Civil Veterinary Dept. Bombay admin report 1893-99 - 1893-1899
Year: 1893
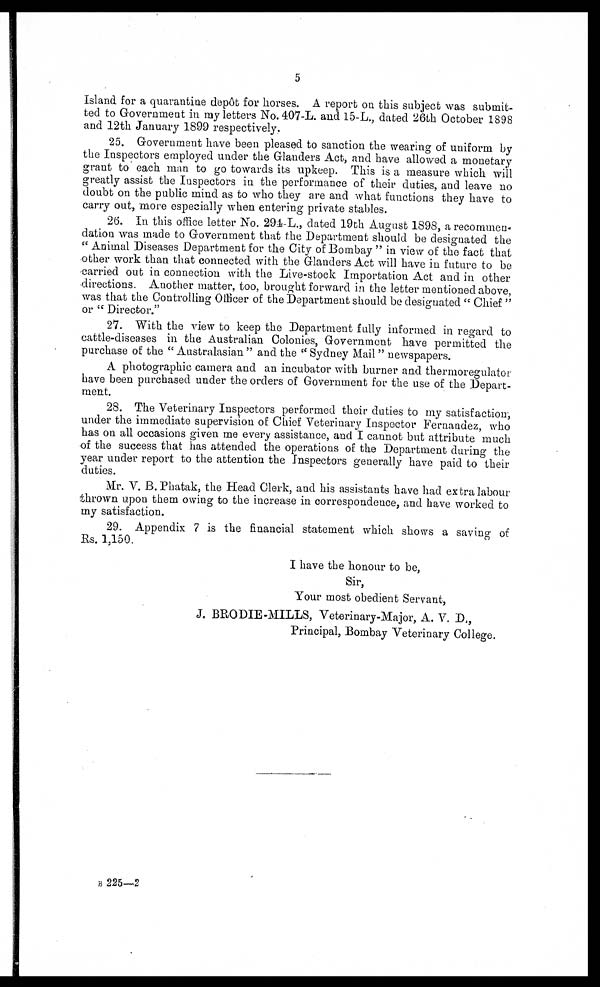
5
Island for a quarantine depôt for horses. A report on this subject was submit-
ted to Government in my letters No.407-L. and 15-L., dated 26th October 1898
and 12th January 1899 respectively.
25. Government have been pleased to sanction the wearing of uniform by
the Inspectors employed under the Glanders Act, and have allowed a monetary
grant to each man to go towards its upkeep. This is a measure which will
greatly assist the Inspectors in the performance of their duties, and leave no
doubt on the public mind as to who they are and what functions they have to
carry out, more especially when entering private stables.
26. In this office letter No. 294-L., dated 19th August 1898, a recommen.
dation was made to Government that the Department should be designated the
"Animal Diseases Department for the City of Bombay" in view of the fact that
other work than that connected with the Glanders Act will have in future to be
carried out in connection with the Live-stock Importation Act and in other
directions. Another matter, too, brought forward in the letter mentioned above,
was that the Controlling Officer of the Department should be designated "Chief "
or "Director."
27. With the view to keep the Department fully informed in regard to
cattle-diseases in the Australian Colonies, Government have permitted the
purchase of the "Australasian" and the "Sydney Mail" newspapers.
A photographic camera and an incubator with burner and thermoregulator
have been purchased under the orders of Government for the use of the Depart-
ment.
28. The Veterinary Inspectors performed their duties to my satisfaction,
under the immediate supervision of Chief Veterinary Inspector Fernandez, who
has on all occasions given me every assistance, and I cannot but attribute much
of the success that has attended the operations of the Department during the
year under report to the attention the Inspectors generally have paid to their
duties.
Mr. V. B. Phatak, the Head Clerk, and his assistants have had extra labour
thrown upon them owing to the increase in correspondence, and have worked to
my satisfaction.
29. Appendix 7 is the financial statement which shows a saving of
Rs. 1,150.
I have the honour to be,
Sir,
Your most obedient Servant,
J. BRODIE-MILLS, Veterinary-Major, A. V. D.,
Principal, Bombay Veterinary College.
B 225—2